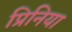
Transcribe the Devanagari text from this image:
प्रिनिया